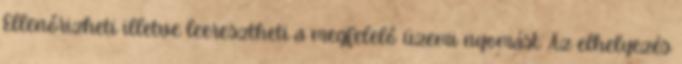
Ellenőrizheti illetve leeresztheti a megfelelő üzemi nyomást. Az elhelyezés